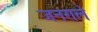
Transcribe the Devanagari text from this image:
जनराले